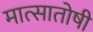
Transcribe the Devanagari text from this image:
मात्सातोषी